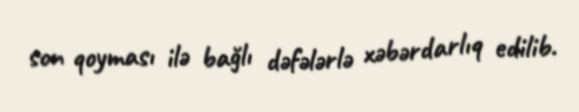
son qoyması ilə bağlı dəfələrlə xəbərdarlıq edilib.